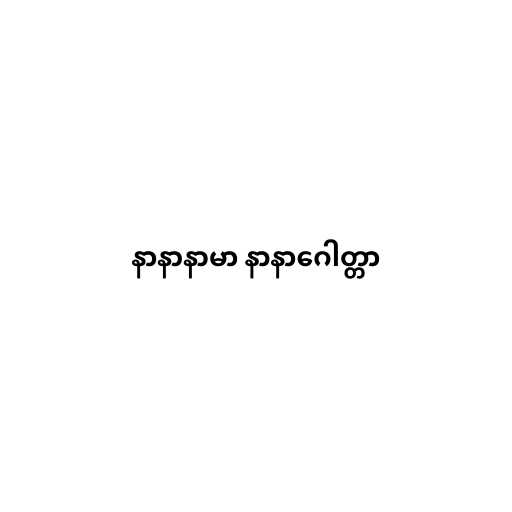
နာနာနာမာ နာနာဂေါတ္တာ